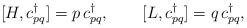
\begin{align*}[H,c^{\dagger}_{pq}]=p\,c^{\dagger}_{pq}, \qquad[L,c^{\dagger}_{pq}]=q\,c^{\dagger}_{pq},\end{align*}